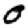
Digit: 0